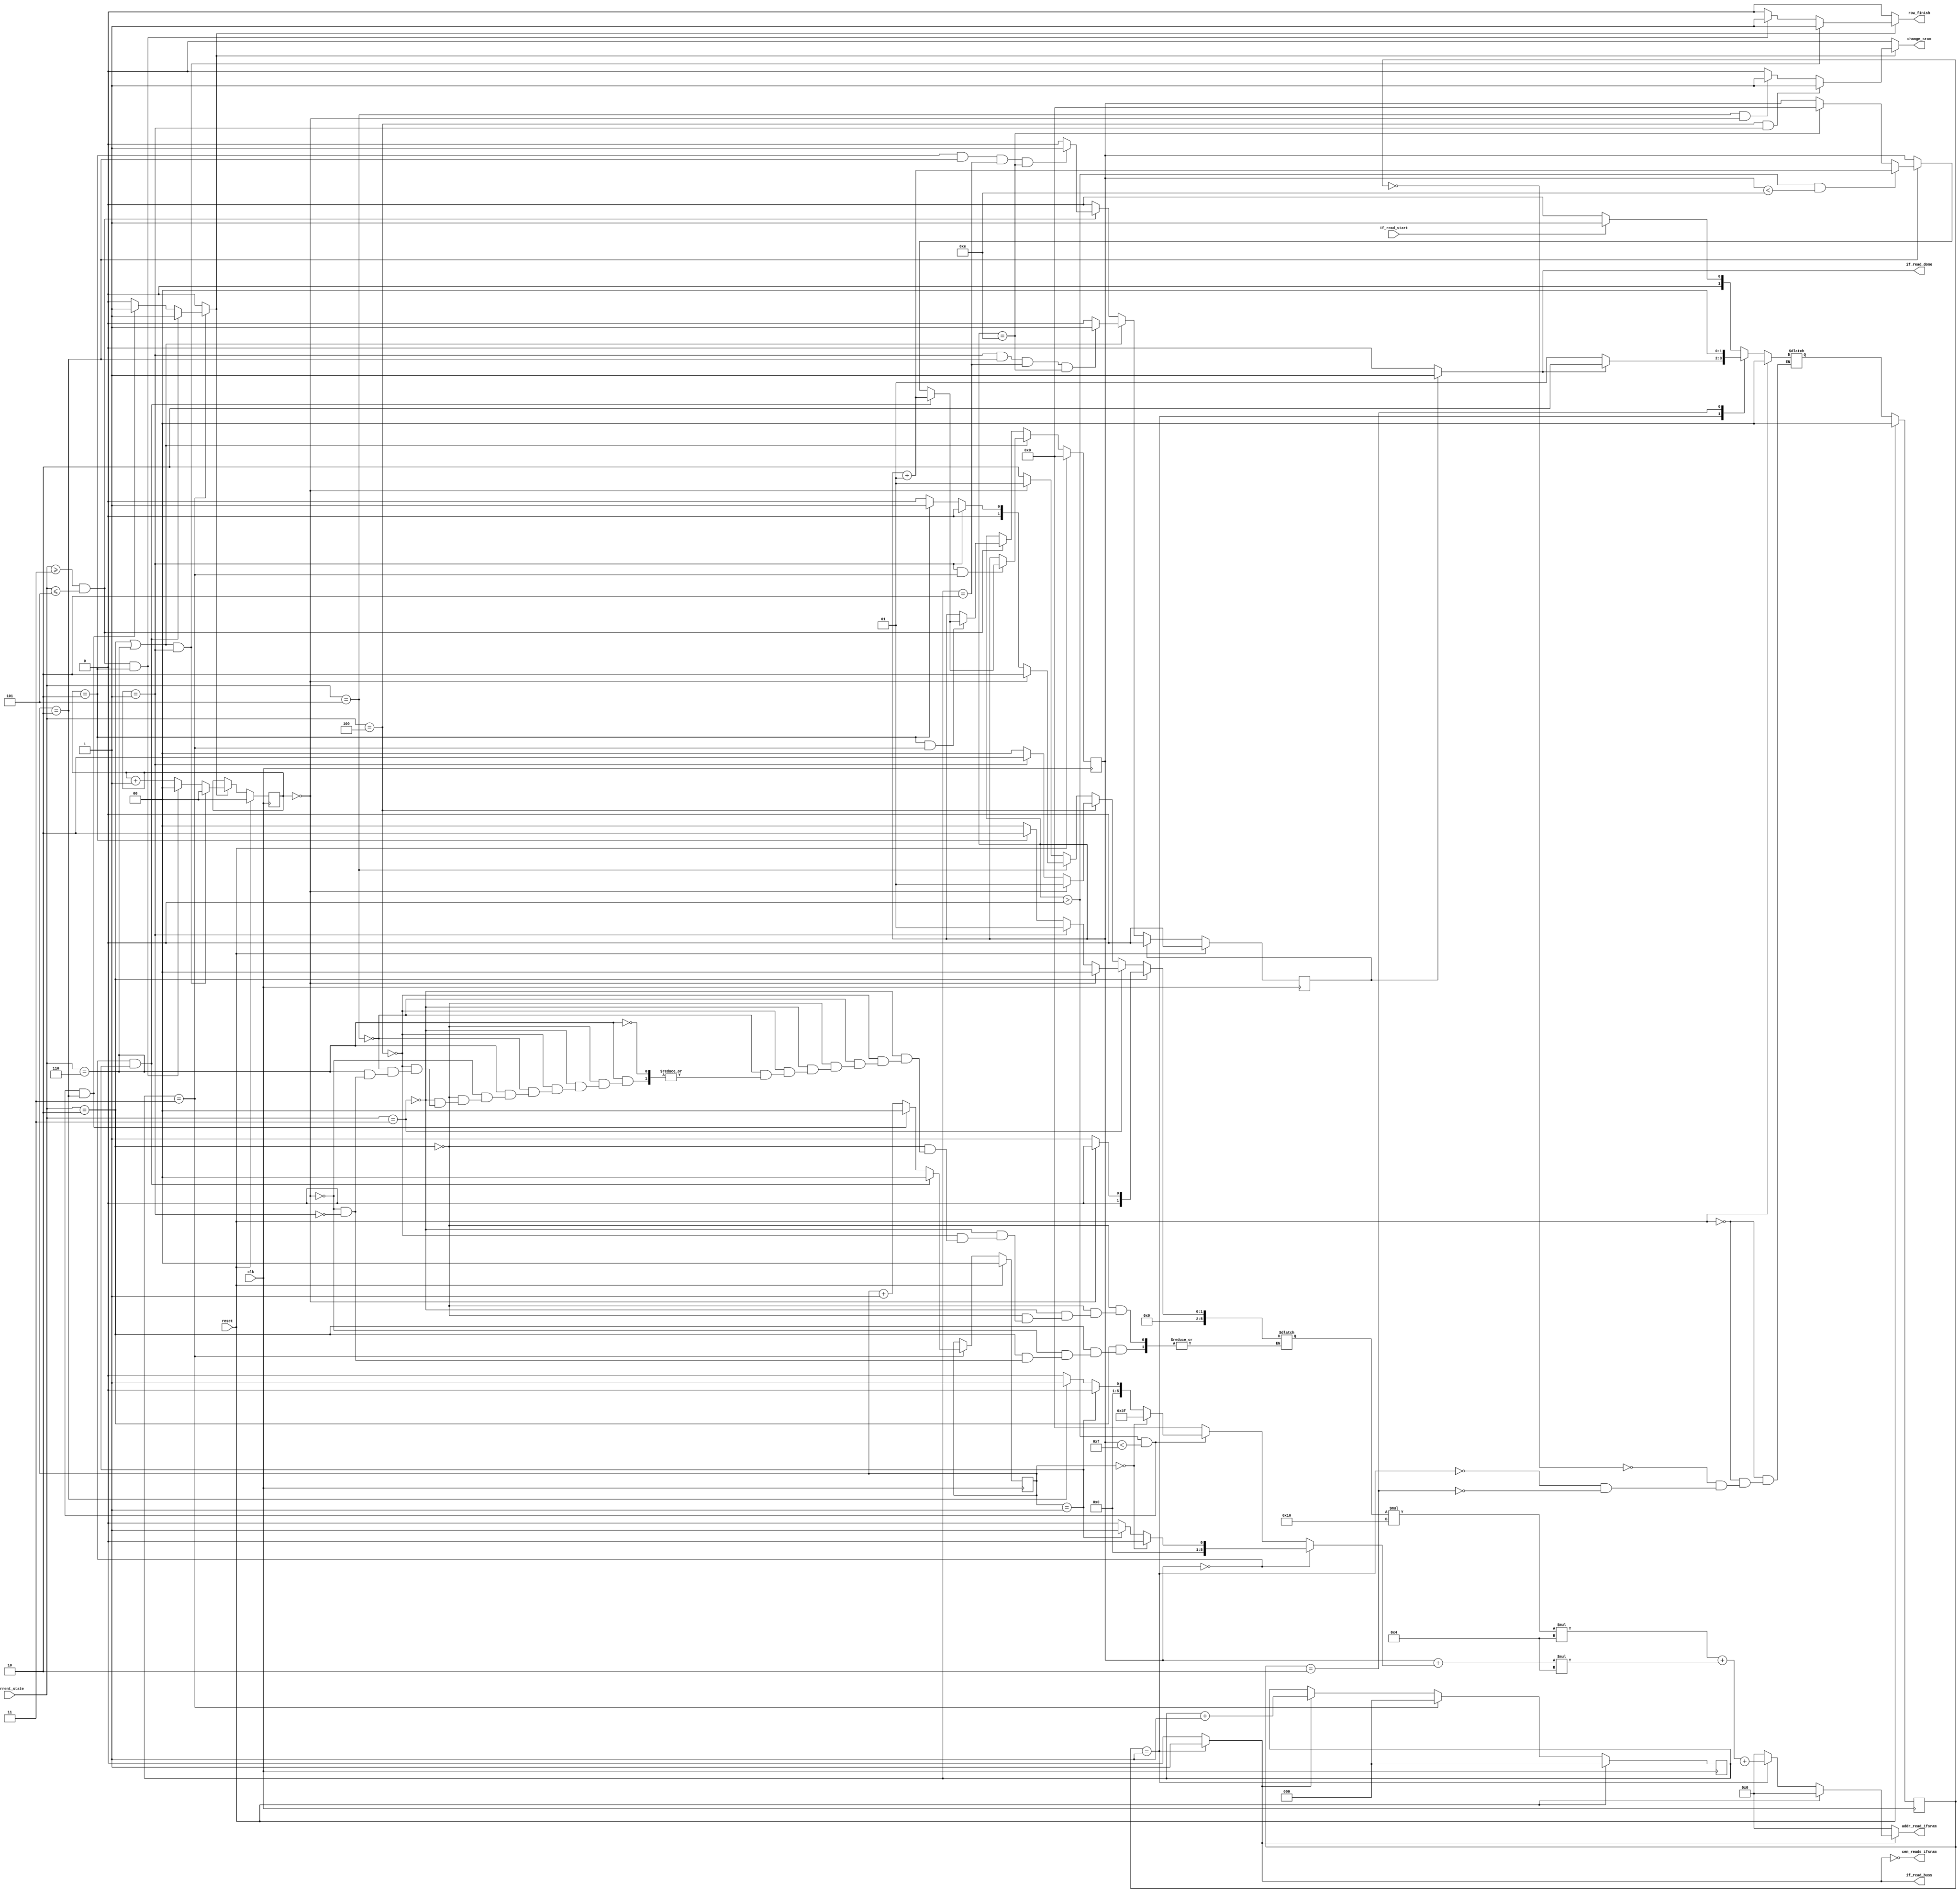
// ============================================================================
// Designer : Wei-Xuan Luo
// Create   : 2022.11.17
// Ver      : 1.0
// Func     : input feature sram read module
// ============================================================================



module ifsram_r #(
    parameter TBITS = 64 ,
	parameter TBYTE = 8
)(

    input clk,
    input reset,
//=========for sche=============   
    input wire        if_read_start,
    output reg        if_read_busy,
    output reg        if_read_done,

//========for dram =========================
    output wire       cen_reads_ifsram ,
    output reg [10:0] addr_read_ifsram,

    output reg        change_sram,
    input  wire [2:0] current_state,

    // output reg  col_finish,
    output reg  row_finish
);

reg done_flag;
reg cen0;

assign cen_reads_ifsram = ~cen0;
parameter ROW = 3;
parameter COL = 15;
parameter CH  = 4; // 32/8 = 4
localparam [2:0] 
    IDLE          = 3'd0,
    LOAD          = 3'd1,
    UP_PADDING    = 3'd2,
    THREEROW      = 3'd3,
    TWOROW        = 3'd4,
    ONEROW        = 3'd5,
    DOWN_PADDING  = 3'd6;

reg [1:0] next_state;   
reg [1:0] c_state;


reg signed [5:0 ]  row_oft;
reg signed [5:0 ]  col_oft;
reg signed [5:0 ] current_col = 0;
reg signed [2:0]  ch;
reg [1:0] col_number;
reg [1:0] row_number;
reg col_finish;
//reg row_finish;


//==================================================
always @(*) begin
    if(col_finish)begin
        if(current_state == TWOROW && row_number == 1)
            change_sram = 1;
        else if(current_state == ONEROW && row_number == 0)
            change_sram = 1;
        else
            change_sram = 0;
    end
    else
        change_sram = 0;
end
//===================================================
always @(posedge clk ) begin
	if(reset) begin
		c_state <= 2'd0;
	end
	else begin
		c_state <= next_state;
	end
end
always @(*) begin
    if(reset)
        next_state = 0;
    else begin
        case (c_state)
            2'd0: next_state = (if_read_start) ? 2'd1 : 2'd0 ;
            2'd1: next_state = (if_read_done) ? 2'd2 : 2'd1 ;
            2'd2: next_state = 2'd0 ;
            default: next_state = next_state ;
        endcase	
    end
end


always @( * ) begin
	if_read_busy = ( c_state == 2'd1) ? 1'd1 : 1'd0 ;
end

always @( * ) begin
    cen0 = ( c_state == 2'd1) ? 1'd1 : 1'd0 ;
end

always @ (*)begin
    if(done_flag) 
        if_read_done = 1;
    else
        if_read_done = 0;
end


always @ (posedge clk)begin
    if(reset)
        done_flag <= 0;
    else if(done_flag)
        done_flag <= 0;
    else if(current_state == UP_PADDING || current_state == DOWN_PADDING)
        if(row_number == 1  && col_number == 2 && ch == 2'd2 && current_col == (COL-1))
            done_flag <= 1;
        else
            done_flag <= done_flag;
    else if(current_state >= THREEROW && current_state <= ONEROW)
        if(row_number == 2  && col_number == 2 && ch == 2'd2 && current_col == (COL-1))
            done_flag <= 1;
        else
            done_flag <= done_flag;
    else
        done_flag <= done_flag;
end 


//=================================================================================

reg signed [10:0] addr0;
always @ (*) begin
    addr_read_ifsram = (if_read_busy) ? addr0 : 0;
end

always @ (*) begin
    if(reset)
        addr0 = 0;
    else if(c_state == 1)
        //addr0 = (current_row + row_oft)*15*4 + (current_col+col_oft)*4 + ch;
        addr0 = row_oft*(COL+1)*CH + (current_col+col_oft)*CH + ch;
    else
        addr0 = 0;
end
//=================================================================================



//===========col control================

always @ (posedge clk) begin
    if(reset)
        current_col <= 0;
    else if(current_state == UP_PADDING || current_state == DOWN_PADDING)begin
        if(row_number == 1  && ch == 2'd3)begin
            if(current_col == 0 && col_number == 1)
                current_col <= current_col + 1;
            else if(col_number == 2)
                if(current_col > 0 && current_col < (COL-1))
                    current_col <= current_col + 1;
                else if(current_col == (COL-1))
                    current_col <= 0;
            else
                current_col <= current_col;
        end
        else
            current_col <= current_col;
    end
    else if(current_state >= THREEROW && current_state <= ONEROW)begin
        if(row_number == 2  && ch == 2'd3)begin
            if(current_col == 0 && col_number == 1)
                current_col <= current_col + 1;
            else if(col_number == 2)
                if(current_col > 0 && current_col < (COL-1))
                    current_col <= current_col + 1;
                else if(current_col == (COL-1))
                    current_col <= 0;
            else
                current_col <= current_col;
        end
        else
            current_col <= current_col;
    end
    else
        current_col <= current_col;
end






//===========number control================


always @ (posedge clk ) begin
    if(reset)
        col_number <= 0;
    else if(ch == 2'd3)begin
        if(current_col == 0 && col_number == 1)
            col_number <= 0;
        else if((current_col > 0 && current_col < COL) && col_number == 2)
            col_number <= 0;
        else
            col_number <= col_number + 1;
    end
    else 
        col_number <= col_number;
end

always @ (*) begin
    if(ch == 2'd3)begin
        if(current_col == 0 && col_number == 1)
            col_finish = 1;
        else if((current_col > 0 && current_col < COL) && col_number == 2)
            col_finish = 1;
        else
            col_finish = 0;
    end
    else 
        col_finish = 0;
end

always @ (*) begin
    if(col_finish)begin
        if((current_state == UP_PADDING || current_state == DOWN_PADDING) && row_number == 1)
            row_finish = 1;
        else if((current_state >= THREEROW && current_state <= ONEROW) && row_number == 2)
            row_finish = 1;
        else
            row_finish = 0;
    end
    else 
        row_finish = 0;
end



always @ (posedge clk ) begin
    if(reset)
        row_number <= 0;
    else if(col_finish)begin
        if((current_state == UP_PADDING || current_state == DOWN_PADDING) && row_number == 1)
            row_number <= 0;
        else if((current_state >= THREEROW && current_state <= ONEROW) && row_number == 2)
            row_number <= 0;
        else
            row_number <= row_number + 1;
    end
    else
        row_number <= row_number;
end


//===========offset control================

always @ (posedge clk) begin
    if(reset)
        ch <= 0;
    else if(ch == 2'd3)
        ch <= 0;
    else if (cen0)
        ch <= ch + 3'd1;
    else 
        ch <= ch;
end


always @ (*)begin
    if(current_col == 0)begin
        if(col_number == 0)
            col_oft = 0;
        else if (col_number == 1)
            col_oft = 1;
        else 
            col_oft = 0;
    end
    else if(current_col > 0 && current_col < COL)begin
        if(col_number == 0)
            col_oft = -1;
        else if (col_number == 1)
            col_oft = 0;
        else if (col_number == 2)
            col_oft = 1;
        else 
            col_oft = 0;
    end
    else
        col_oft = 0; 
end



always @ (*) begin
    // if(reset)
    //     row_oft <= 0;
    // else 
    if(current_state == UP_PADDING)begin
        if(row_number == 0) 
            row_oft = 0;
        else if(row_number == 1)
            row_oft = 1;
    end
    else if(current_state == THREEROW)begin
        if(row_number == 0) 
            row_oft = 0;
        else if(row_number == 1)
            row_oft = 1;
        else if(row_number == 2)
            row_oft = 2;
        else
            row_oft = 0;   
    end
    else if(current_state == TWOROW)begin
        if(row_number == 0) 
            row_oft = 1;
        else if(row_number == 1)
            row_oft = 2;
        else if(row_number == 2)
            row_oft = 0;
        else
            row_oft = 0;   
    end
    else if(current_state == ONEROW)begin
        if(row_number == 0) 
            row_oft = 2;
        else if(row_number == 1)
            row_oft = 0;
        else if(row_number == 2)
            row_oft = 1;
        else
            row_oft = 0;   
    end
    else if(current_state == DOWN_PADDING)begin
        if(row_number == 0) 
            row_oft = 1;
        else if(row_number == 1)
            row_oft = 2;
    end
end




endmodule